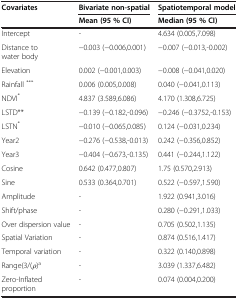
<table><thead><tr><td rowspan="2"><b>Covariates</b></td><td><b>Bivariate non-spatial</b></td><td><b>Spatiotemporal model</b></td></tr><tr><td><b>Mean (95 % CI)</b></td><td><b>Median (95 % CI)</b></td></tr></thead><tbody><tr><td>Intercept</td><td>-</td><td>4.634 (0.005,7.098)</td></tr><tr><td>Distance to water body</td><td>−0.003 (−0.006,0.001)</td><td>−0.007 (−0.013,-0.002)</td></tr><tr><td>Elevation</td><td>0.002 (−0.001,0.003)</td><td>−0.008 (−0.041,0.020)</td></tr><tr><td>Rainfall <sup>***</sup></td><td>0.006 (0.005,0.008)</td><td>0.040 (−0.041,0.113)</td></tr><tr><td>NDVI<sup>*</sup></td><td>4.837 (3.589,6.086)</td><td>4.170 (1.308,6.725)</td></tr><tr><td>LSTD**</td><td>−0.139 (−0.182,-0.096)</td><td>−0.246 (−0.3752,-0.153)</td></tr><tr><td>LSTN<sup>*</sup></td><td>−0.010 (−0.065,0.085)</td><td>0.124 (−0.031,0.234)</td></tr><tr><td>Year2</td><td>−0.276 (−0.538,-0.013)</td><td>0.242 (−0.356,0.852)</td></tr><tr><td>Year3</td><td>−0.404 (−0.673,-0.135)</td><td>0.441 (−0.244,1.122)</td></tr><tr><td>Cosine</td><td>0.642 (0.477,0.807)</td><td>1.75 (0.570,2.913)</td></tr><tr><td>Sine</td><td>0.533 (0.364,0.701)</td><td>0.522 (−0.597,1.590)</td></tr><tr><td>Amplitude</td><td>-</td><td>1.922 (0.941,3.016)</td></tr><tr><td>Shift/phase</td><td>-</td><td>0.280 (−0.291,1.033)</td></tr><tr><td>Over dispersion value</td><td>-</td><td>0.705 (0.502,1.135)</td></tr><tr><td>Spatial Variation</td><td>-</td><td>0.874 (0.516,1.417)</td></tr><tr><td>Temporal variation</td><td>-</td><td>0.322 (0.140,0.898)</td></tr><tr><td>Range(3/(<i>ρ</i>)<sup>a</sup></td><td>-</td><td>3.039 (1.337,6.482)</td></tr><tr><td>Zero-Inflated proportion</td><td>-</td><td>0.074 (0.004,0.200)</td></tr></tbody></table>